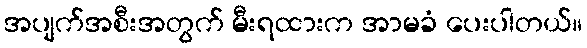
အပျက်အစီးအတွက် မီးရထားက အာမခံ ပေးပါတယ်။